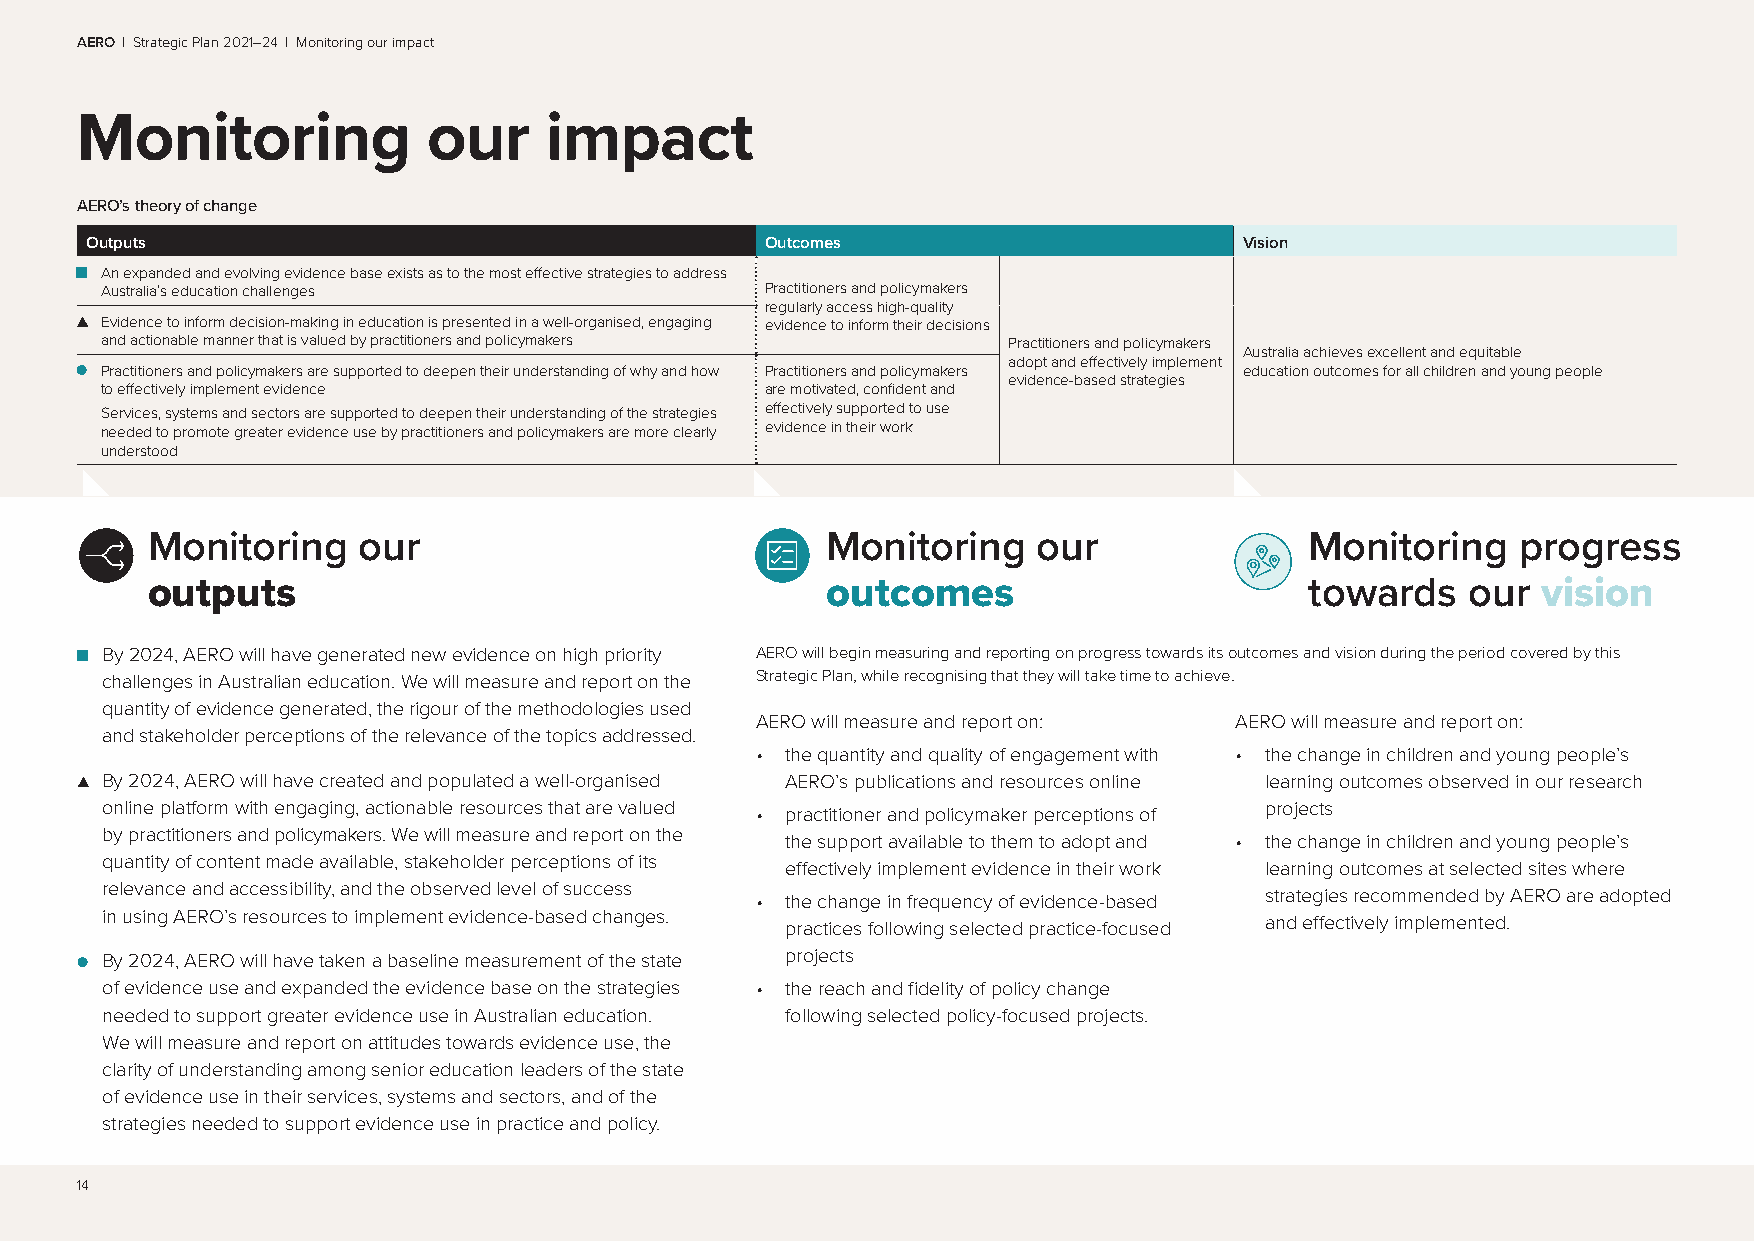
AERO | Strategic Plan 2021–24 | Monitoring our impact
 Monitoring             our     impact
 AERO’s theory of change
 Outputs                                      Outcomes                       Vision
 An expanded and evolving evidence base exists as to the most effective strategies to address
 Australia’s education challenges            Practitioners and policymakers
 regularly access high-quality
 Evidence to inform decision-making in education is presented in a well-organised, engaging evidence to inform their decisions
 and actionable manner that is valued by practitioners and policymakers Practitioners and policymakers
 Australia achieves excellent and equitable
 adopt and effectively implement
 Practitioners and policymakers are supported to deepen their understanding of why and how Practitioners and policymakers education outcomes for all children and young people
 evidence-based strategies
 to effectively implement evidence           are motivated, confident and
 Services, systems and sectors are supported to deepen their understanding of the strategies effectively supported to use
 needed to promote greater evidence use by practitioners and policymakers are more clearly evidence in their work
 understood
 Monitoring    our                            Monitoring    our               Monitoring    progress
 outputs                                      outcomes                        towards   our  vision
 By 2024, AERO will have generated new evidence on high priority AERO will begin measuring and reporting on progress towards its outcomes and vision during the period covered by this
 challenges in Australian education. We will measure and report on the Strategic Plan, while recognising that they will take time to achieve.
 quantity of evidence generated, the rigour of the methodologies used
 AERO will measure and report on: AERO will measure and report on:
 and stakeholder perceptions of the relevance of the topics addressed.
 • the quantity and quality of engagement with • the change in children and young people’s
 By 2024, AERO will have created and populated a well-organised AERO’s publications and resources online learning outcomes observed in our research
 online platform with engaging, actionable resources that are valued • practitioner and policymaker perceptions of projects
 by practitioners and policymakers. We will measure and report on the
 the support available to them to adopt and • the change in children and young people’s
 quantity of content made available, stakeholder perceptions of its
 effectively implement evidence in their work learning outcomes at selected sites where
 relevance and accessibility, and the observed level of success
 • the change in frequency of evidence-based strategies recommended by AERO are adopted
 in using AERO’s resources to implement evidence-based changes.
 practices following selected practice-focused and effectively implemented.
 By 2024, AERO will have taken a baseline measurement of the state projects
 of evidence use and expanded the evidence base on the strategies • the reach and fidelity of policy change
 needed to support greater evidence use in Australian education. following selected policy-focused projects.
 We will measure and report on attitudes towards evidence use, the
 clarity of understanding among senior education leaders of the state
 of evidence use in their services, systems and sectors, and of the
 strategies needed to support evidence use in practice and policy.
 14